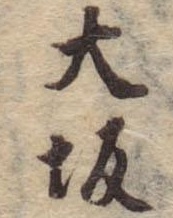
大坂